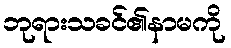
ဘုရားသခင်၏နာမကို